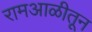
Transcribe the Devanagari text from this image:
रामआळीतून